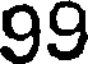
99